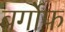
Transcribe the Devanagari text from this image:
बर्गोफ